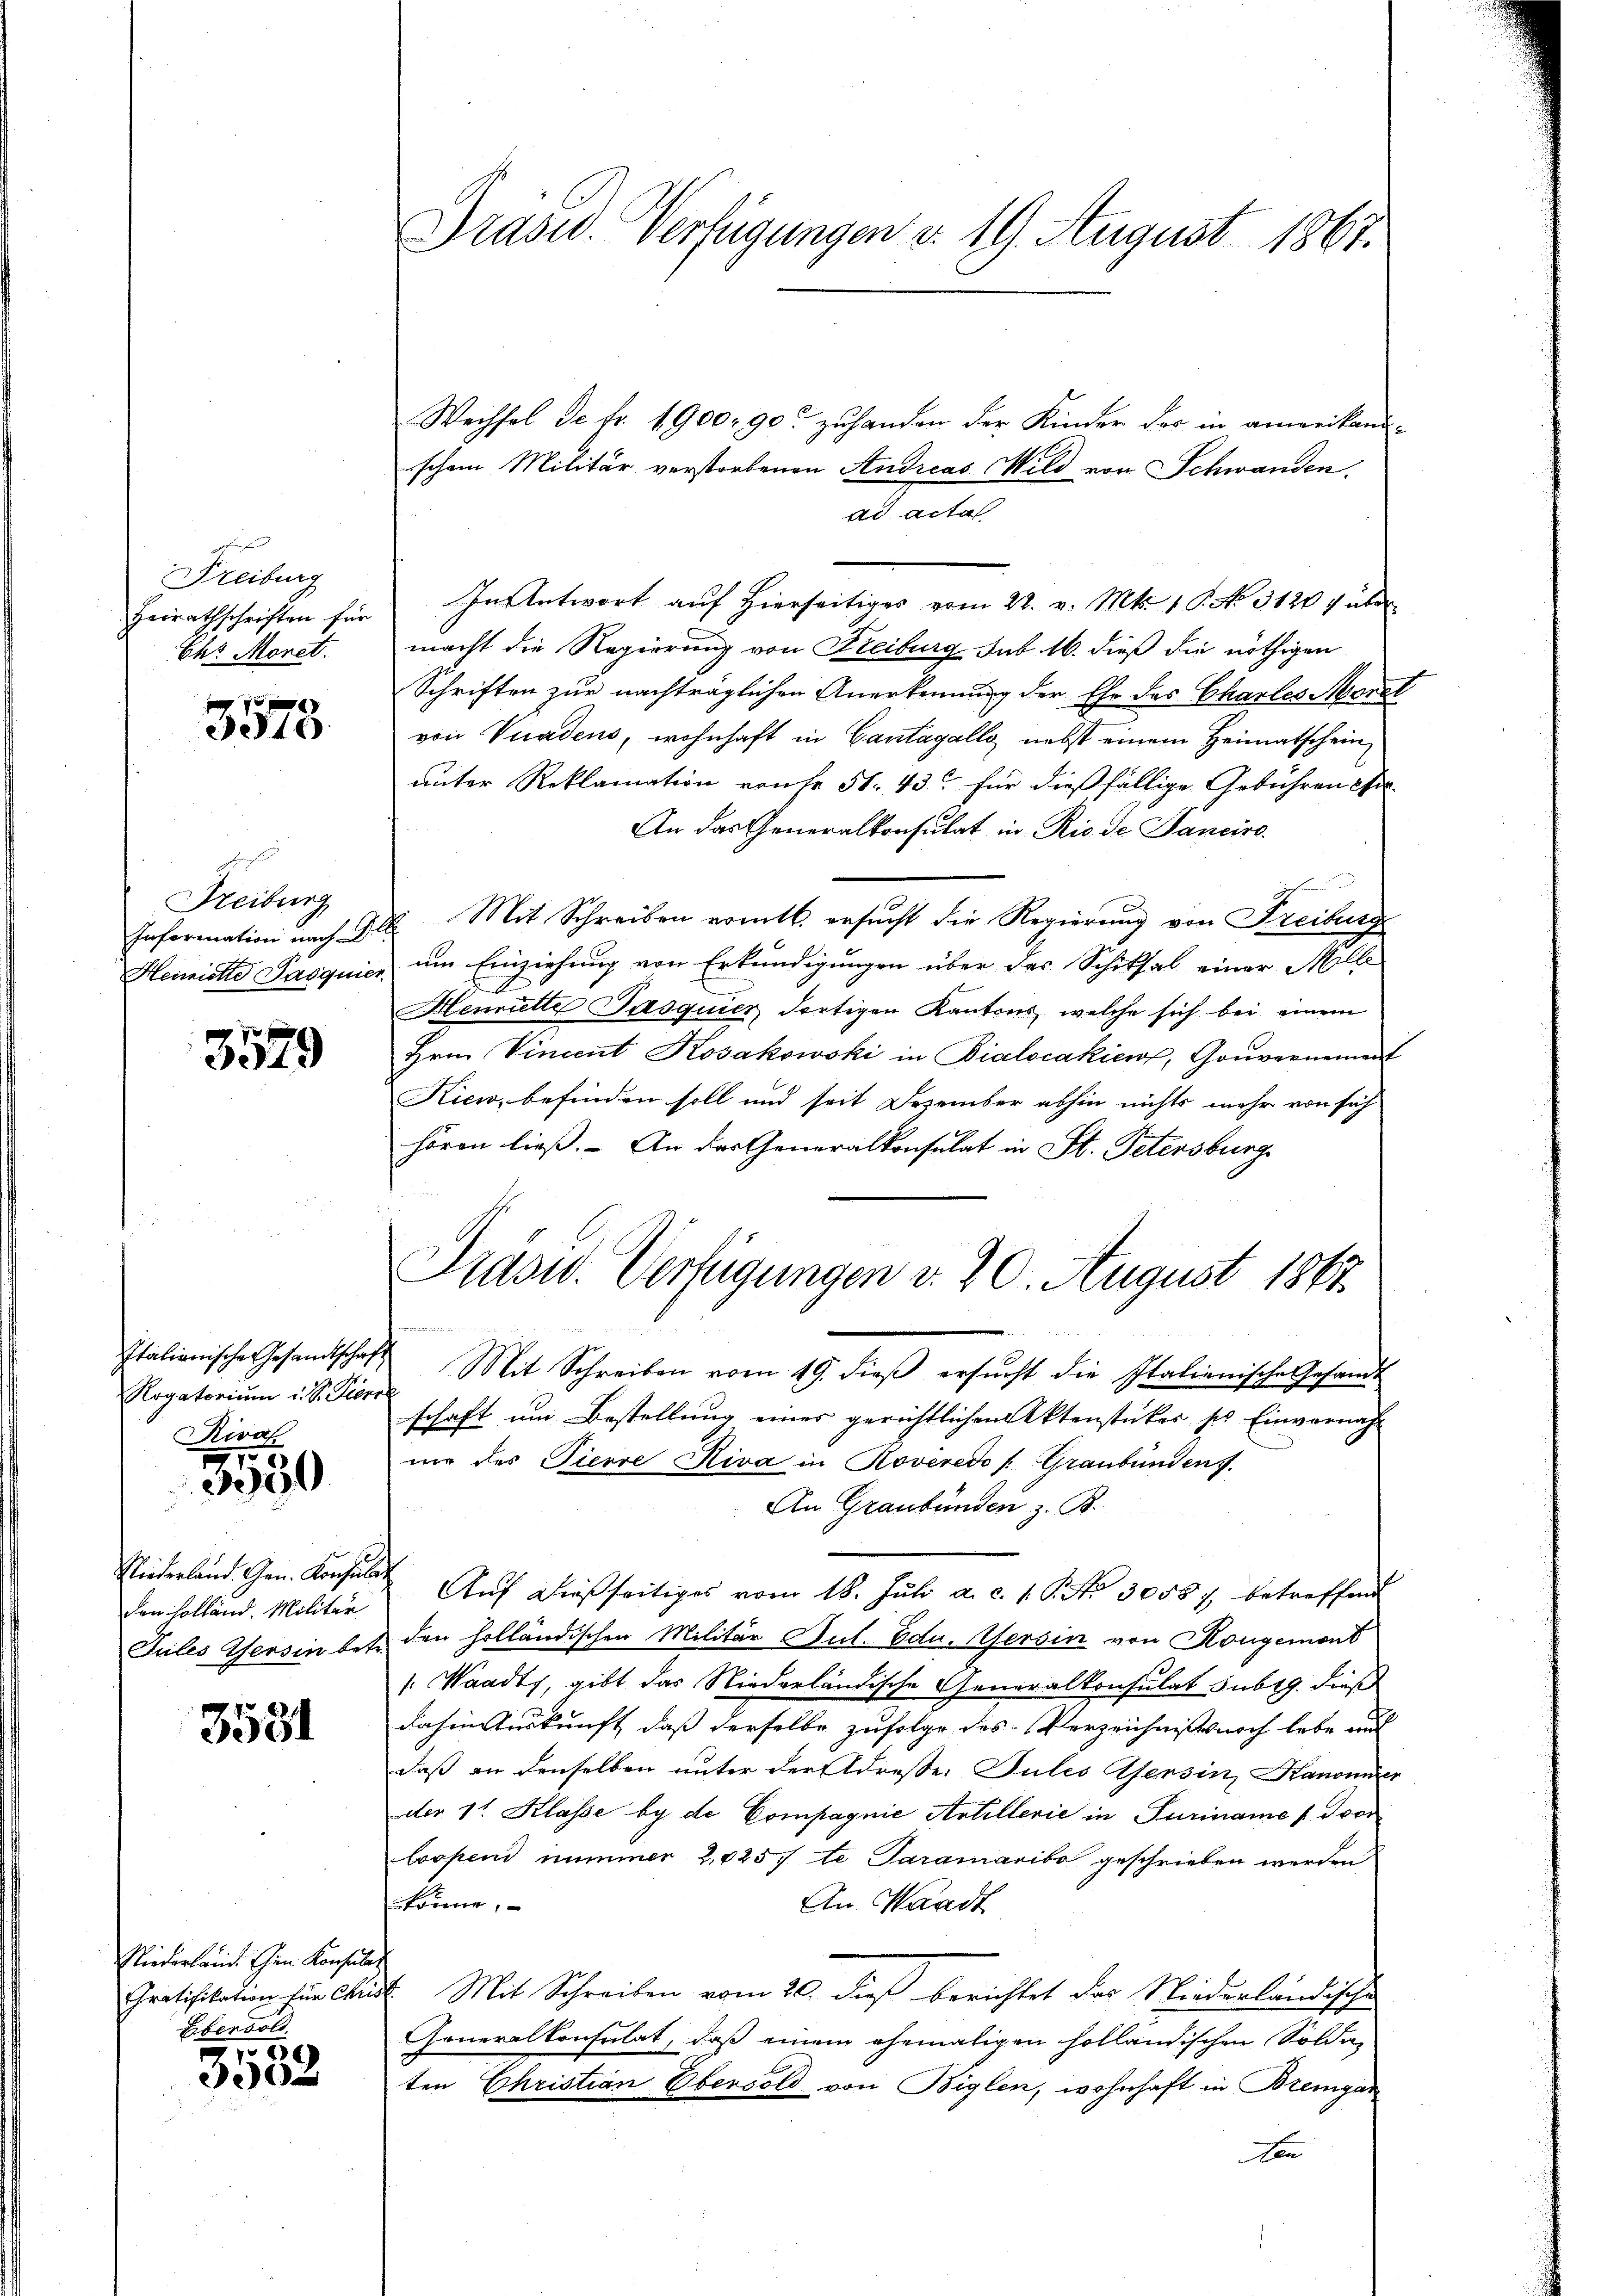
Freiburg
Heirathschriften für
Eht Monet.

3573.

Freiburg
Information nach
Heimiette Pasquie

3579

Italienische Gesandtscha¬
Rogatorium u. St. Vier
Kirch

350

Niederland. Gen. Konsular
den Holländ. Militär
Juiles Versin bet

3531

Niederland. Ehen Konsular
Gratifikation für Christ.
Ebendolt.

59
i

Präsid. Verfügungen v. 19. August 1861.

Wechsel de fr. 1900 90 zuhanden der Kinder des in amerikandschon Militär verstorbenen Andreas Mild von Schwanden.
ad acta
In Antwort auf hierseitiges vom 22. v. Mts. 1 P. No. 3120 f über
macht die Regierung von Freiburg sub 16. dieß die nöthigen
Schriften zur nachträglichen Anerkennung der Ehe des Charles Mondl
von Vuadens, wohnhaft in Cantagalls nebst einem Heimatschein
unter Reklamation von fr 51. 43 für dießfällige Gebühren Chor-
An das Generalkonsulat in Rio de Janeiro
 Mit Schreiben romtl. ersucht die Regierung von Freiburg
um Einziehung von Erkundigungen über das Schiksal einer Mlle
Henriette Pasquier dortigen Kantons, welche sich bei einem
Hrn. Vincent Kosakowski in Bialocakiew, Gouvernement
Kicw, befinden soll und seit Dezember abhin nichts mehr von sich
hören ließ. – An das Generalkonsulat in St. Petersburg
Mit Schreiben vom 19. dieβ ersŭcht die Italianische Gesandt
schaft um Bestellung einer gerichtlichen Aktenstücker ses Einvernahnie des Tierre Riva in Roveredo /: Graubünden s
An Graubünden z. B.
Aŭf dießseitiges vom 18. Jŭli a. c. 1. P. Nr. 30587, betreffend
den holländischen Militär Jul. Edu. Versin von Kongemont
 Waadt, gibt das Niederländische Generalkonsulat subrg. dieß
dahin Auskunft, daß derselbe zufolge des Verzeichnis noch lebe auf
daß an denselben unter der Adresse Pules ersin, Kanonier
der 11. Klasse by de Compagnie Artillerie in Turiname / dovr
Coopen nimmer 2,0257 te Paramaria geschrieben werden
könne,
An Waadt
t. Mit Schreiben vom 20. dieß berichtet das Niederländische
Generalkonsulat, daß einem ehemaligen holländischen Soldaten Christian Ebensold von Biglen, wohnhaft in Bremgar
A

Präsid. Verfügungen v. 20. August 1863.